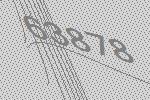
63878